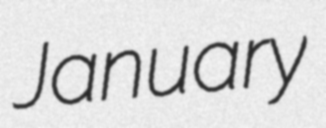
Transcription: January